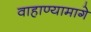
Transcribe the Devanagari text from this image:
वाहाण्यामागे